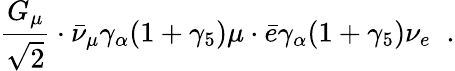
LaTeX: \frac{G_{\mu}}{\sqrt{2}}\cdot\bar{\nu}_{\mu}\gamma_{\alpha}(1+\gamma_{5})\mu\cdot\bar{e}\gamma_{\alpha}(1+\gamma_{5})\nu_{e}\; \; .